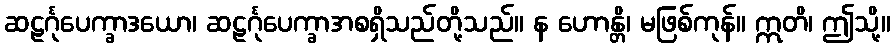
ဆဠင်္ဂုပေက္ခာဒယော၊ ဆဠင်္ဂုပေက္ခာအစရှိသည်တို့သည်။ န ဟောန္တိ၊ မဖြစ်ကုန်။ ဣတိ၊ ဤသို့။